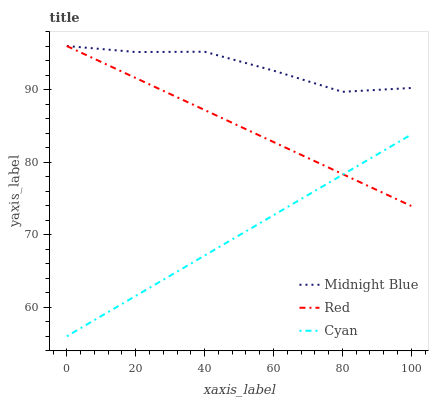
| xaxis_label | Midnight Blue | Red | Cyan |
 | --- | --- | --- | --- |
 | 0 | 96 | 96 | 56 |
 | 20 | 95.2 | 91.6 | 61.6 |
 | 40 | 95.2 | 87.2 | 67.1 |
 | 60 | 92.6 | 82.8 | 72.7 |
 | 80 | 89.7 | 78.4 | 78.2 |
 | 100 | 90.2 | 74 | 83.8 |